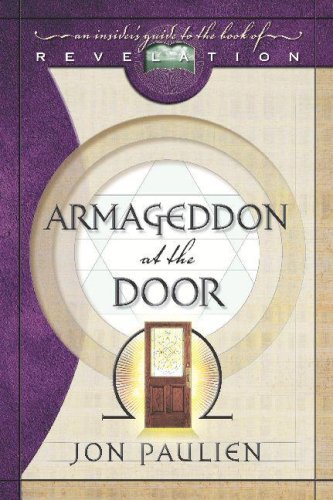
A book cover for Armageddon at the Door: An Insider's Guide to the Book of Revelation; Jon Paulien; Christian Books & Bibles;